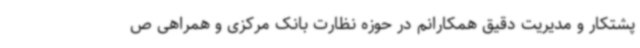
پشتکار و مدیریت دقیق همکارانم در حوزه نظارت بانک مرکزی و همراهی ص